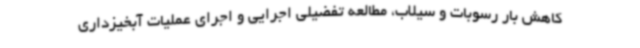
کاهش بار رسوبات و سیلاب، مطالعه تفضیلی اجرایی و اجرای عملیات آبخیزداری